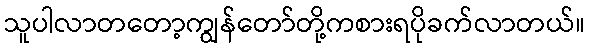
သူပါလာတတော့ကျွန်တော်တို့ကစားရပိုခက်လာတယ်။